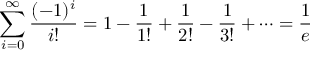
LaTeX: \sum _ { i = 0 } ^ { \infty } { \frac { ( - 1 ) ^ { i } } { i ! } } = 1 - { \frac { 1 } { 1 ! } } + { \frac { 1 } { 2 ! } } - { \frac { 1 } { 3 ! } } + \cdots = { \frac { 1 } { e } }